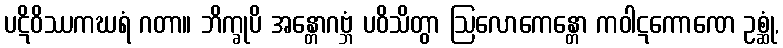
ပဋိဝိဿကဃရံ ဂတာ။ ဘိက္ခုပိ အန္တောဂဗ္ဘံ ပဝိသိတွာ ဩလောကေန္တော ကဝါဋကောဏေ ဥစ္ဆုံ,